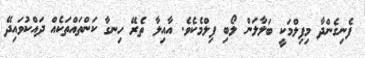
ފެނިގެންދާ މިފިލްމަކީ ބަލާލަން ލޯބި ފިލްމެކެވެ. އާއިލާ ތެރޭ ހިނގާ ކަންތައްތަކެއް ދައްކުވައިދޭ